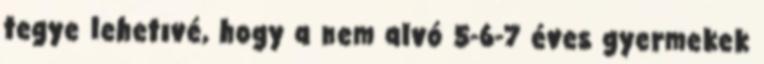
tegye lehetıvé, hogy a nem alvó 5-6-7 éves gyermekek